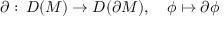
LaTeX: \partial : \, D ( { \cal M } ) \rightarrow D ( \partial { \cal M } ) , \quad \phi \mapsto \partial \phi